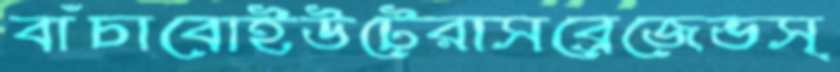
বাঁচাবোইউটেরাসব্রেজেভস্